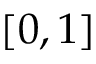
[ 0 , 1 ]